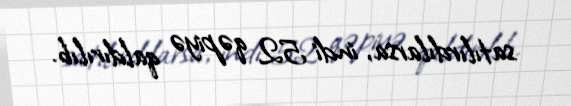
satılırdılarsa, indi 52 qəpiyə qaldırılıb.